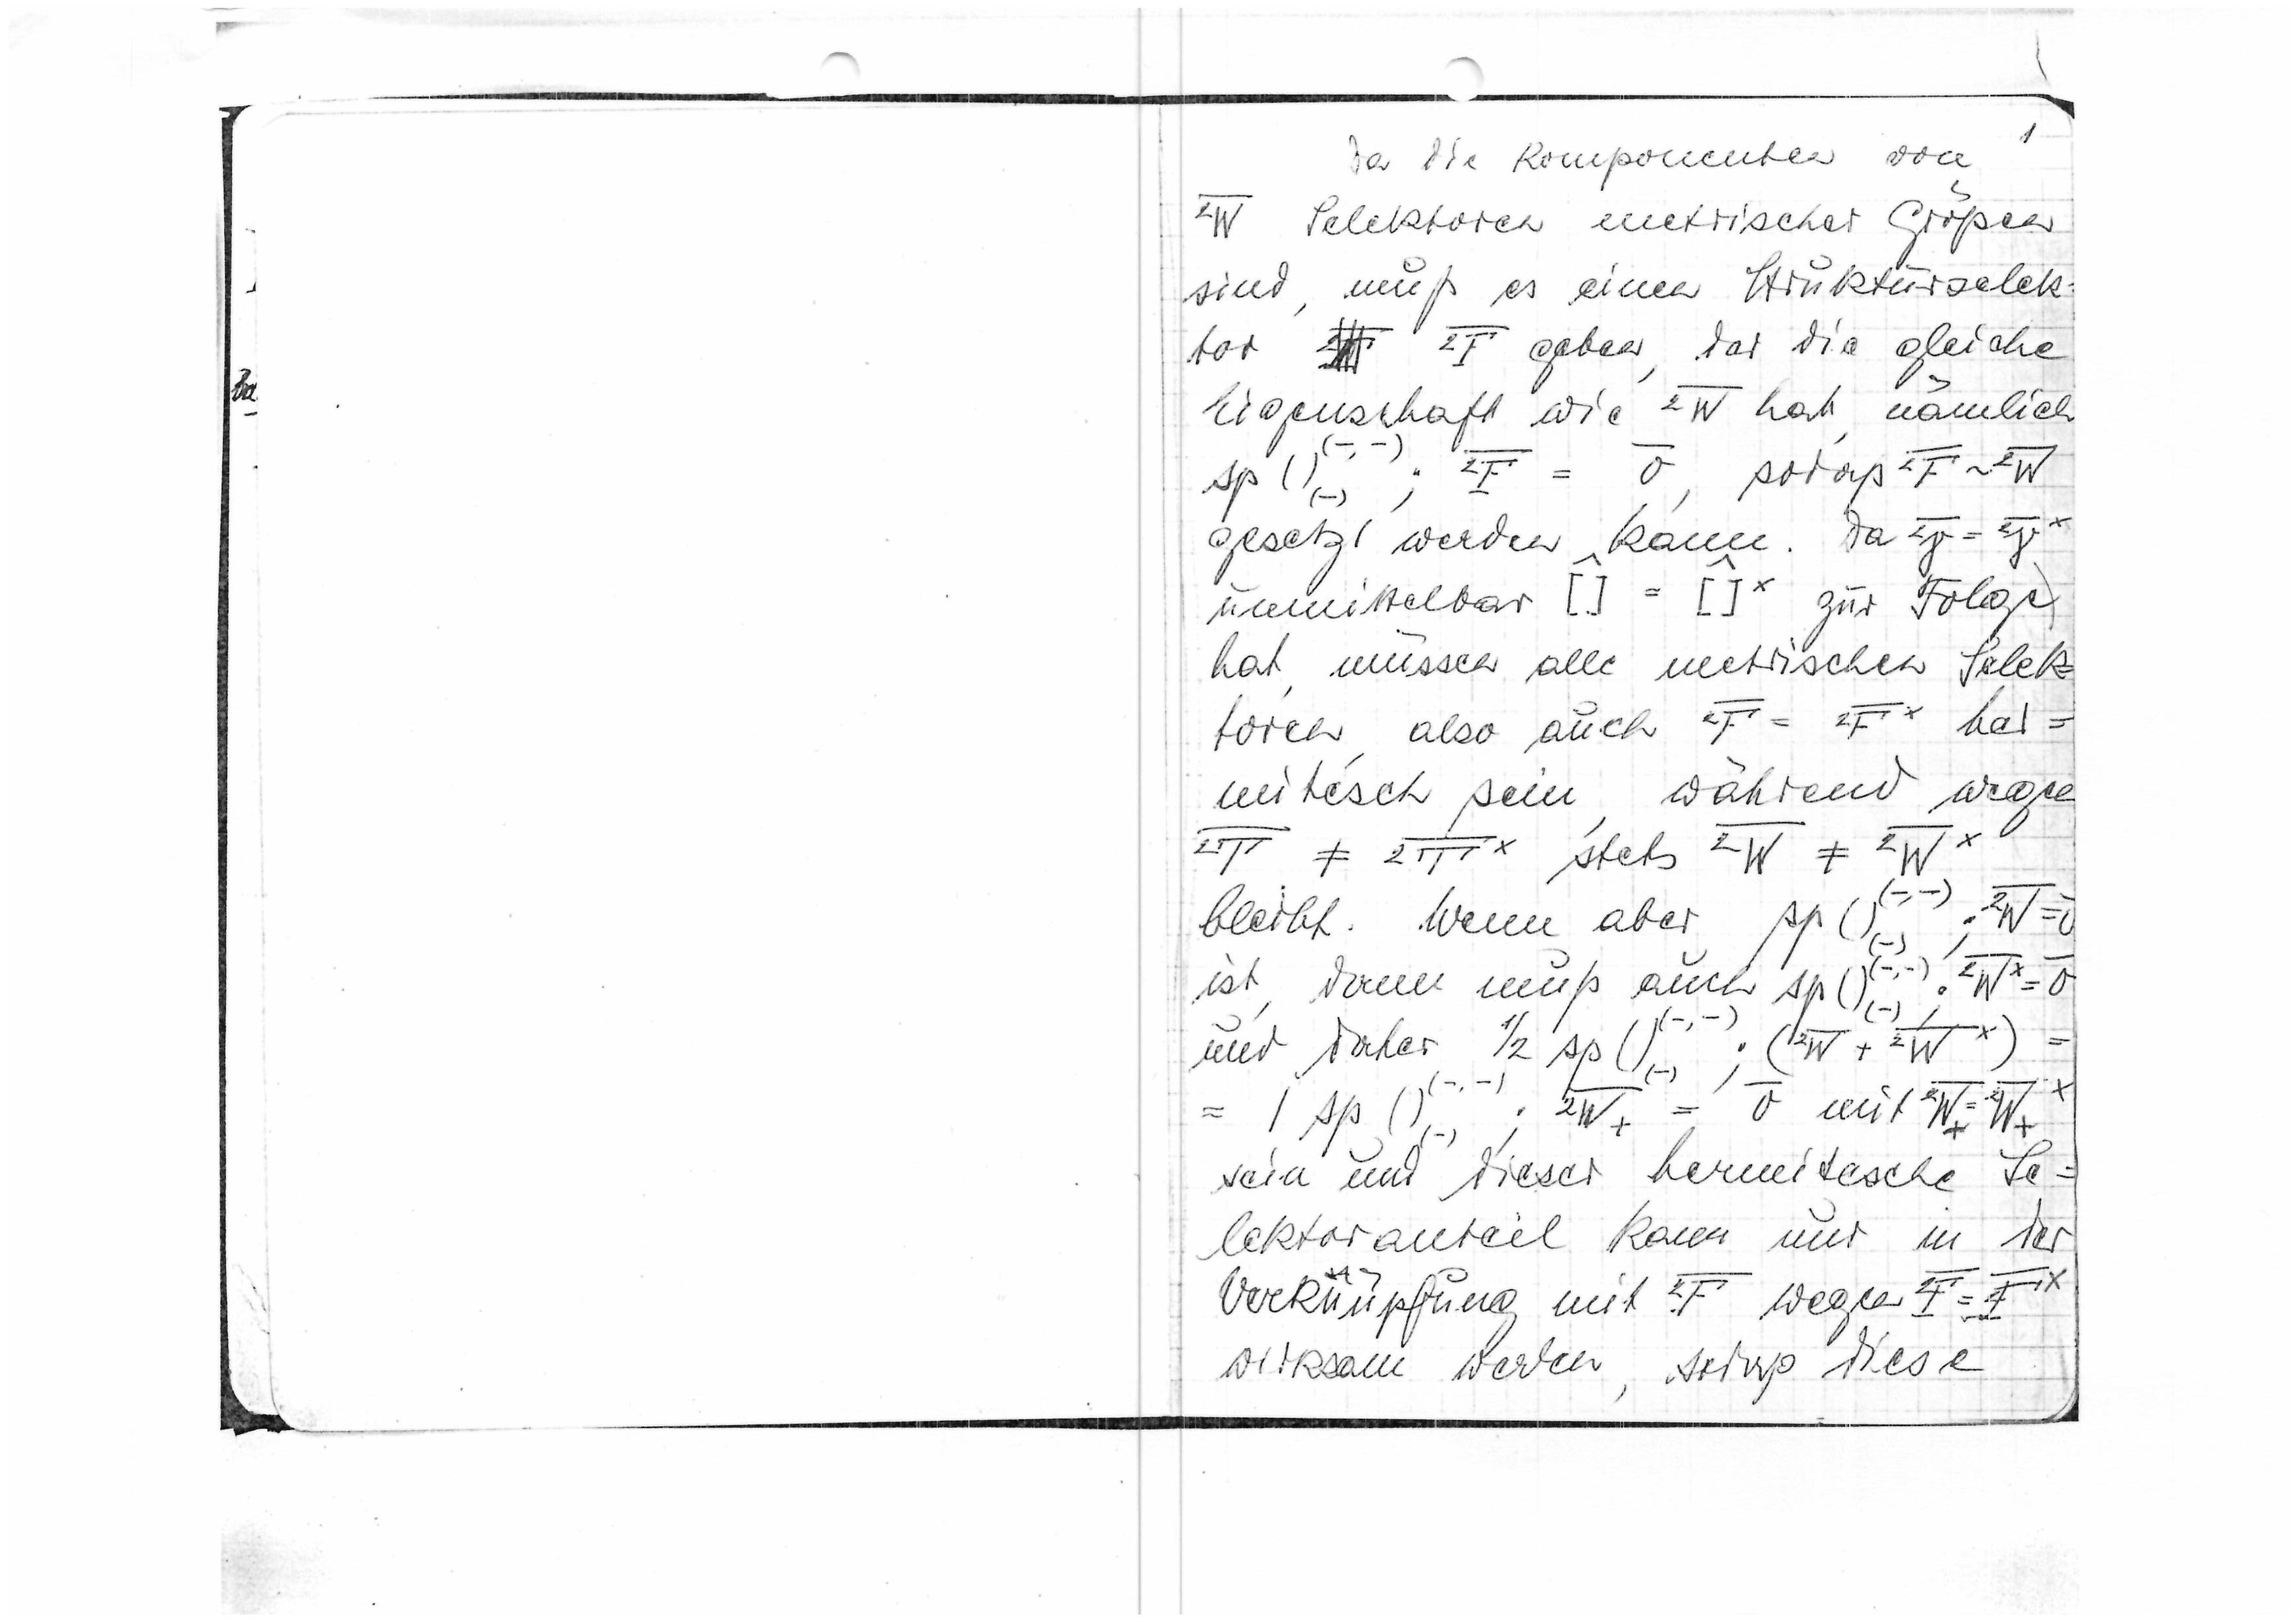
1
Da. die Komponenten von
²W
Selektoren energetischer Größen
sind, muss es einen Strukuturselek-
tor

²F
geben, der die gleiche
Eigenschat wie
²W
hat, nämlich
sp ()(-,-)
, ²F = 0
sodaß
²F~²W
gesetzt werden kann. Da
²y = ²yx
unmittelbar
[] = []*
zu Folge
hat, müssen alle metrischen Selek-
=
toren, also auch
 ²F = ²Fx
her
mitisch sein, während wegen
²F + ²Tx
stets
²W ≠ ²Wx
(-,-)2W = v
bleibt. Wenn aber
sp()
(-,-)
ist, dann muss auch Δp()
sp()
=
und daher

= / sp ()(-,-)²W+(-)= v
mit
²W+=²W+x
sein und dieser hermitische Se-
lektoranteil kann nur in der
Verknüpfung mit
²F
wegen
 ²F=Fx
wirksam werden, sodaß diese